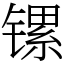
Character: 镙